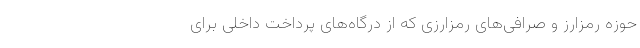
حوزه رمزارز و صرافی‌های رمزارزی كه از درگاه‌های پرداخت داخلی برای